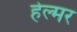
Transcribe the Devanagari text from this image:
हेल्मर